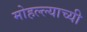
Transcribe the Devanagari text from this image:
मोहल्ल्याच्यी